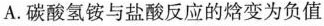
A.碳酸氢铵与盐酸反应的焓变为负值